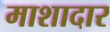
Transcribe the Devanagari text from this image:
माशादार